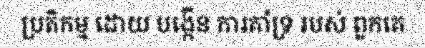
ប្រតិកម្ម ដោយ បង្កើន ការគាំទ្រ របស់ ពួកគេ